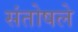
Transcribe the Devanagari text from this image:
संतोषले